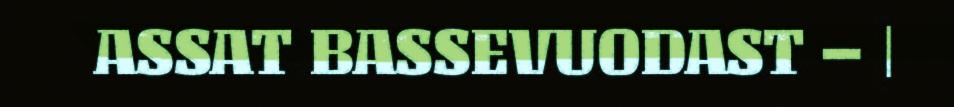
ASSAT BASSEVUODAST – |